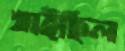
খাইছিল